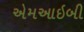
એમઆઇબી